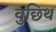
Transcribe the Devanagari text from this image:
वुछिथ